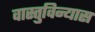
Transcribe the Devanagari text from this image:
वास्तुविन्यास